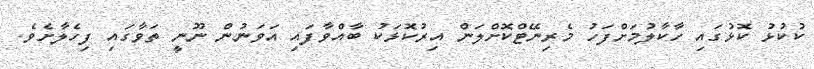
ކުކުޅު ކޮޅުގައި ހާކާލުމަށްފަހު މެރިނޭޓްކޮށްލަން އިރުކޮޅަކު ބާއްވާފައި އަވަނުން ނޫނީ ތަވާގައި ފިހެލާށެވެ.